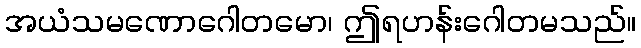
အယံသမဏောဂေါတမော၊ ဤရဟန်းဂေါတမသည်။